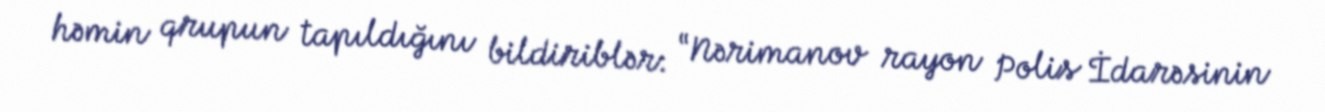
həmin qrupun tapıldığını bildiriblər: “Nərimanov rayon Polis İdarəsinin